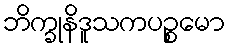
ဘိက္ခုနိဒူသကပဉ္စမော